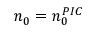
n _ { 0 } = n _ { 0 } ^ { P I C }